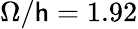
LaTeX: \Omega/\mathsf{h}=1.92